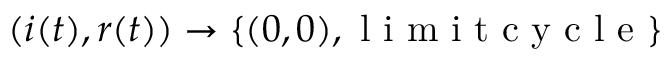
( i ( t ) , r ( t ) ) \to \{ ( 0 , 0 ) , \mathrm { ~ l ~ i ~ m ~ i ~ t ~ c ~ y ~ c ~ l ~ e ~ } \}